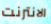
الانترنت